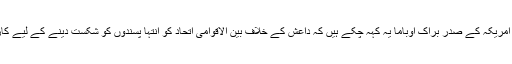
ایک روز قبل ہی ایک بیان میں امریکہ کے صدر براک اوباما یہ کہہ چکے ہیں کہ داعش کے خلاف بین الاقوامی اتحاد کو انتہا پسندوں کو شکست دینے کے لیے کارروائیوں کو تیز تر کرنا ہو گا۔